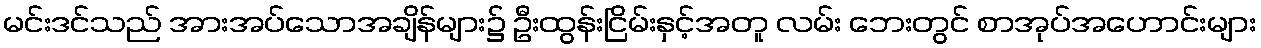
မင်းဒင်သည် အားအပ်သောအချိန်များ၌ ဦးထွန်းငြိမ်းနှင့်အတူ လမ်း ဘေးတွင် စာအုပ်အဟောင်းများ